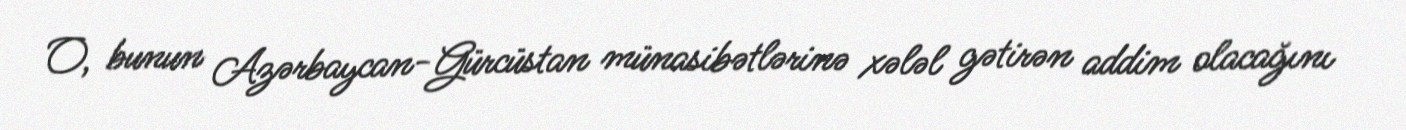
O, bunun Azərbaycan-Gürcüstan münasibətlərinə xələl gətirən addim olacağını